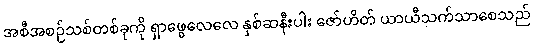
အစီအစဉ်သစ်တစ်ခုကို ရှာဖွေလေလေ နှစ်ဆနီးပါး ဇော်ဟိတ် ယာယီသက်သာစေသည်